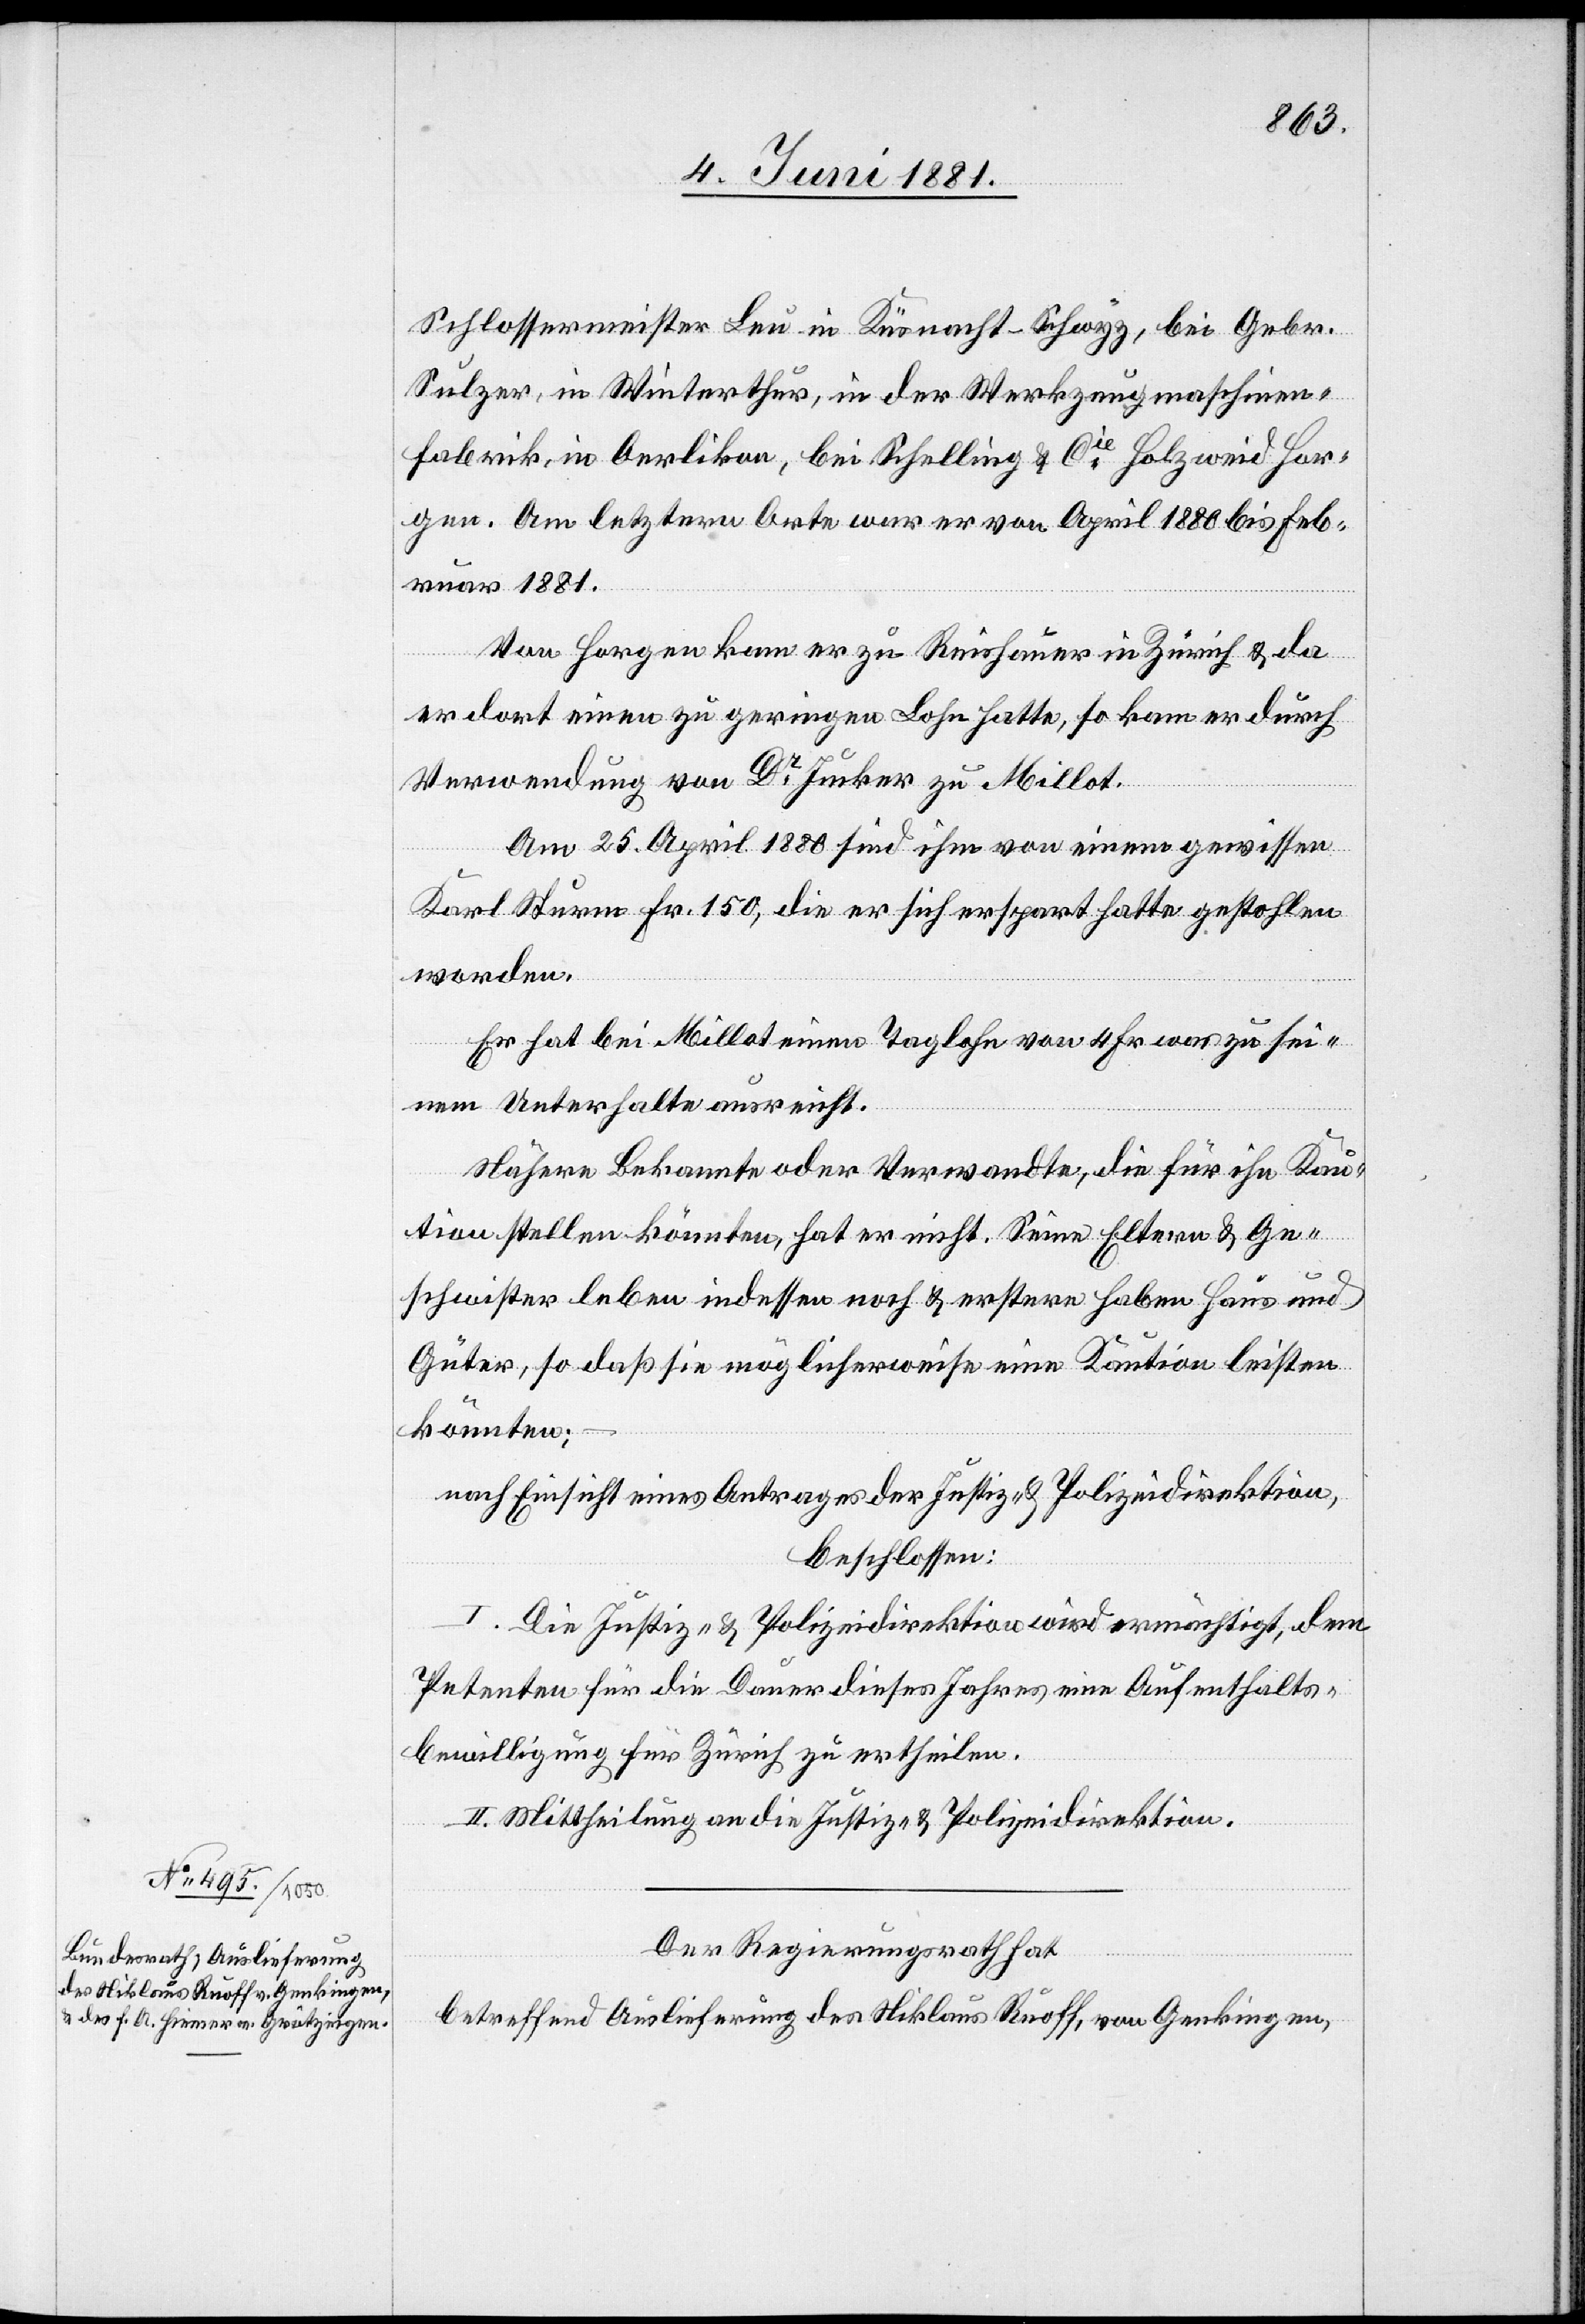
Schlossermeister Leu in Küsnacht - Schwyz, bei Gebr.
Sulzer, in Winterthur, in der Werkzeugmaschinen¬
fabrik, in Oerlikon, bei Schelling & Cie Holzweid Hor¬
gen. Am letzern Orte war er von April 1880 bis Feb¬
ruar 1881.
Von Horgen kam er zu Reichenauer in Zürich & da
er dort einen zu geringen Lohn hatte, so kam er durch
Verwendung von Dr Junker zu Millot.
Am 25. April 1880 sind ihm von einem gewissen
Karl Sturm Fr. 150, die er sich erspart hatte gestohlen
worden.
Er hat bei Millot einen Taglohn von 4 Fr. was zu sei¬
nem Unterhalten ausreicht.
Nähere Bekannte oder Verwandte, die für ihn Kau¬
tion stellen könnten, hat er nicht. Seine Eltern & Ge¬
schwister leben indessen noch & erstere haben Haus und
Güter, so daß sie möglicherweise eine Kaution leisten
könnten;
nach Einsicht eines Antrages der Justiz- & Polizeidirektion,
beschlossen:
I. Die Justiz- & Polizeidirektion wird ermächtigt, dem
Petenten für die Dauer dieses Jahres eine Aufenthalts¬
bewilligung für Zürich zu ertheilen.
II. Mittheilung an die Justiz- & Polizeidirektion.
Der Regierungsrath hat
bettreffend Auslieferung des Niklaus Ruoff, von Genkingen,